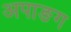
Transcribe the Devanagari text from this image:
अपाङग